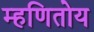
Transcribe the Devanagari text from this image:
म्हणितोय